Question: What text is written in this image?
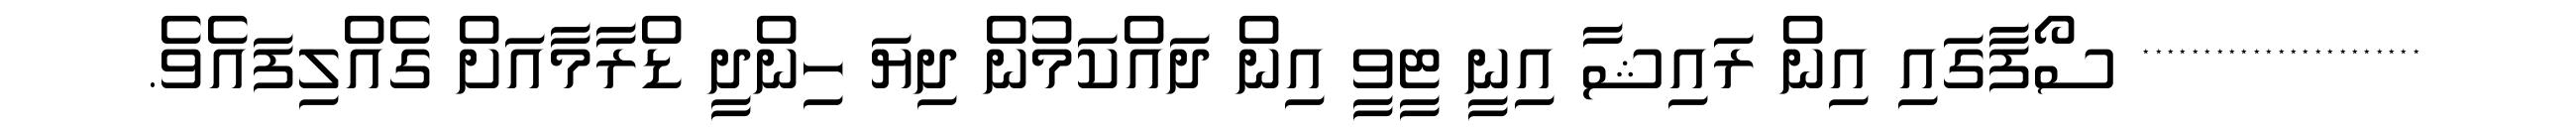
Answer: *********************** ސޯފާގައި އިން ރައިޝާ އިނީ ޓީވީ އިން ދައްކަމުން ދިޔަ ހިންދީ ޑްރާމާއަށް ގެއްލިފައެވެ.